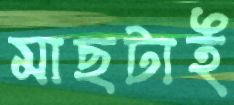
মাছটাই